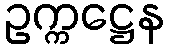
ဥက္ကဋ္ဌေန